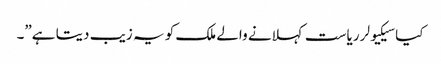
کیا سیکیولر ریاست کہلانے والے ملک کو یہ زیب دیتا ہے”۔